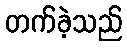
တက်ခဲ့သည်